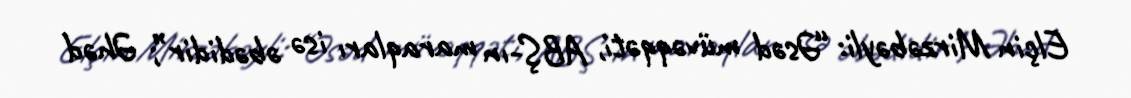
Elçin Mirzəbəyli: “Əsəd müvəqqəti, ABŞ-ın maraqları isə əbədidir”; Əhəd